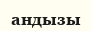
андызы